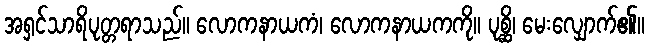
အရှင်သာရိပုတ္တရာသည်။ လောကနာယကံ၊ လောကနာယကကို။ ပုစ္ဆိ၊ မေးလျှောက်၏။